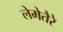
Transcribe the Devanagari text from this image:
लेमेतैरे